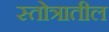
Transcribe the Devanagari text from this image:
स्तोत्रातील